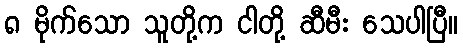
၈ မိုက်သော သူတို့က ငါတို့ ဆီမီး သေပါပြီ။